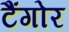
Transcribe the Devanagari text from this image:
टैंगोर